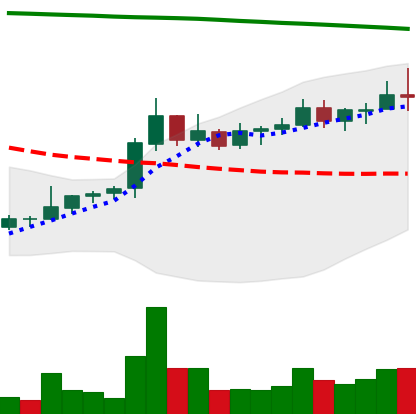
Ticker: NEO-USD
Chart end date: 2021-08-12
Forward return: 6.762%
Label: up_5_7